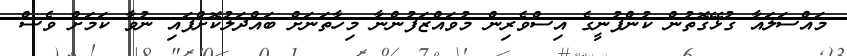
މައްސަލައާ ގުޅޭގޮތުން ކުންފުނީގެ އިސްވެރިން މުވައްޒަފުންނާ މިހާތަނަށް ބައްދަލުކޮށްފައި ނުވާ ކަމަށް ވެސް